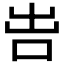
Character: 𠰕